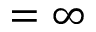
= \infty